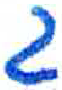
אות: ג